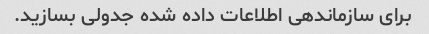
برای سازماندهی اطلاعات داده شده جدولی بسازید.